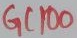
Text: GC100